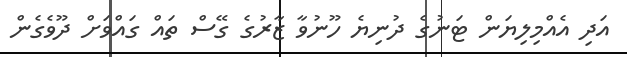
އަދި އެއްމިލިޔަން ޓަނުގެ ދުނިޔެ ހޫނުވާ ޒާރުގެ ގޭސް ތައް ގައްވަށް ދޫވެގެން